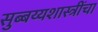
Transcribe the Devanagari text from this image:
सुब्बय्यशास्त्रींचा